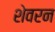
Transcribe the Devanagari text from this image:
शेवरन